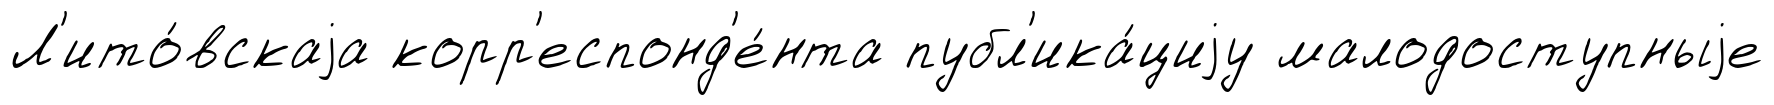
Л'ито́вскаjа корр'еспонд'е́нта публ'ика́циjу малодоступныjе